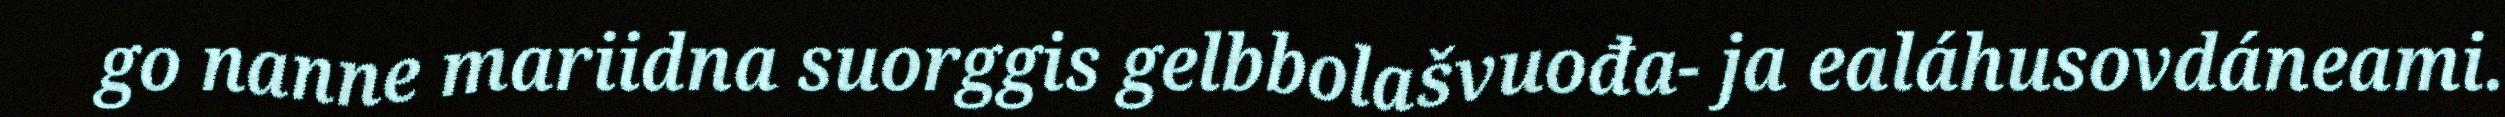
go nanne mariidna suorggis gelbbolašvuođa- ja ealáhusovdáneami.